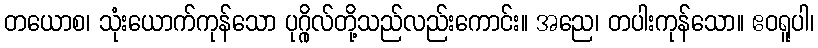
တယောစ၊ သုံးယောက်ကုန်သော ပုဂ္ဂိုလ်တို့သည်လည်းကောင်း။ အညေ၊ တပါးကုန်သော။ ဧဝရူပါ၊